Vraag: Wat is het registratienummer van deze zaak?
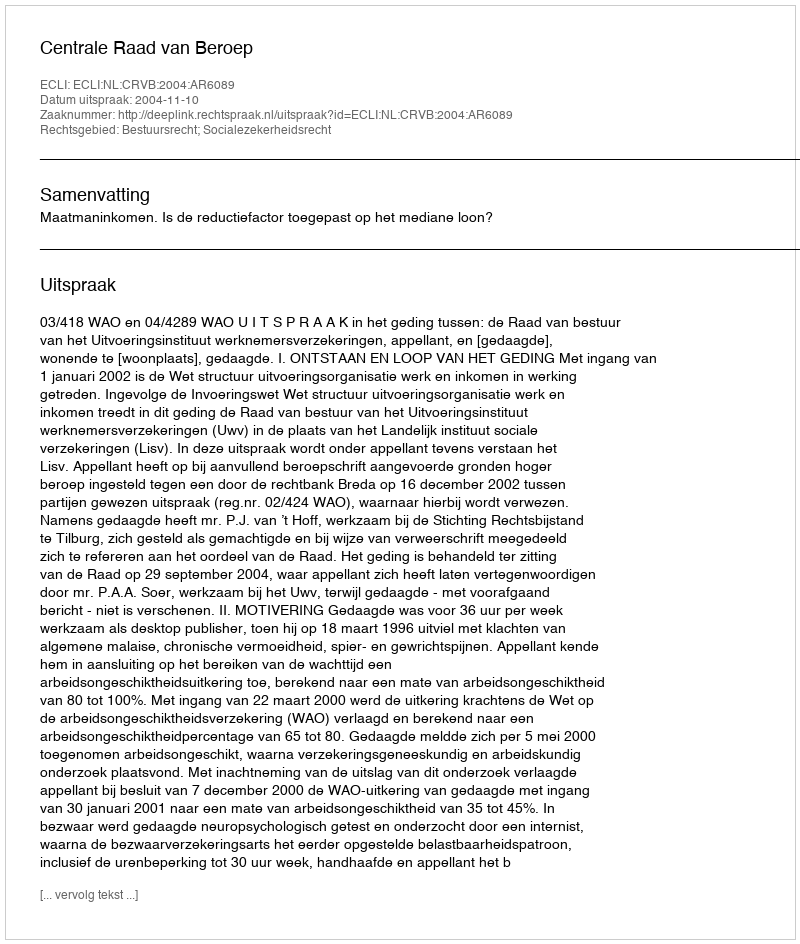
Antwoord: http://deeplink.rechtspraak.nl/uitspraak?id=ECLI:NL:CRVB:2004:AR6089